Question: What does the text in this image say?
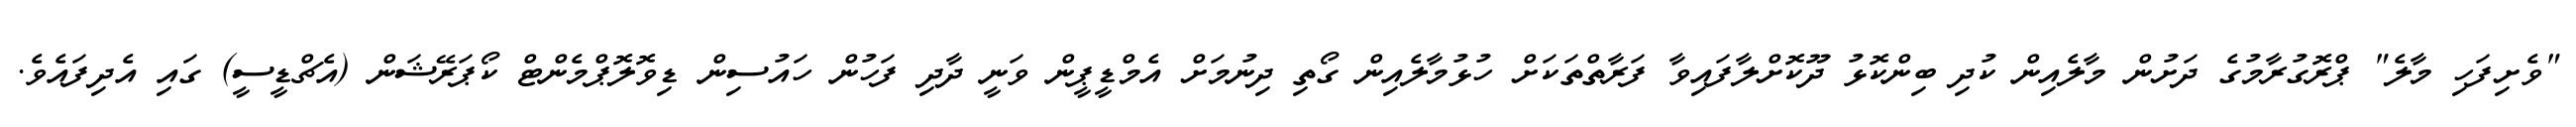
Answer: "ވެށިފަހި މާލެ" ޕްރޮގުރާމުގެ ދަށުން މާލެއިން ކުދި ބިންކޮޅު ދޫކޮށްލާފައިވާ ފަރާތްތަކަށް ހުޅުމާލެއިން ގޯތި ދިނުމަށް އެމްޑީޕީން ވަނީ ދާދި ފަހުން ހައުސިން ޑިވޮލޮޕްމެންޓް ކޯޕަރޭޝަން (އެޗްޑީސީ) ގައި އެދިފައެވެ.